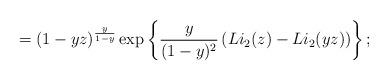
LaTeX: \begin{align*} = \left(1-yz\right)^{\frac{y}{1-y}} \exp\left\{ \frac{y}{(1-y)^2} \left(Li_2(z)- Li_2(yz)\right) \right\};\end{align*}